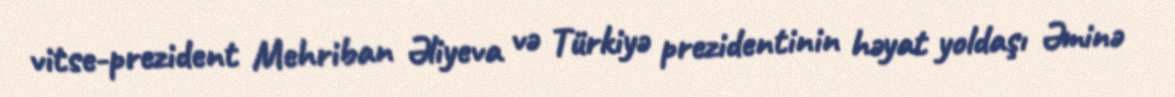
vitse-prezident Mehriban Əliyeva və Türkiyə prezidentinin həyat yoldaşı Əminə